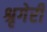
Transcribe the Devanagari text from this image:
श्रृगेरी